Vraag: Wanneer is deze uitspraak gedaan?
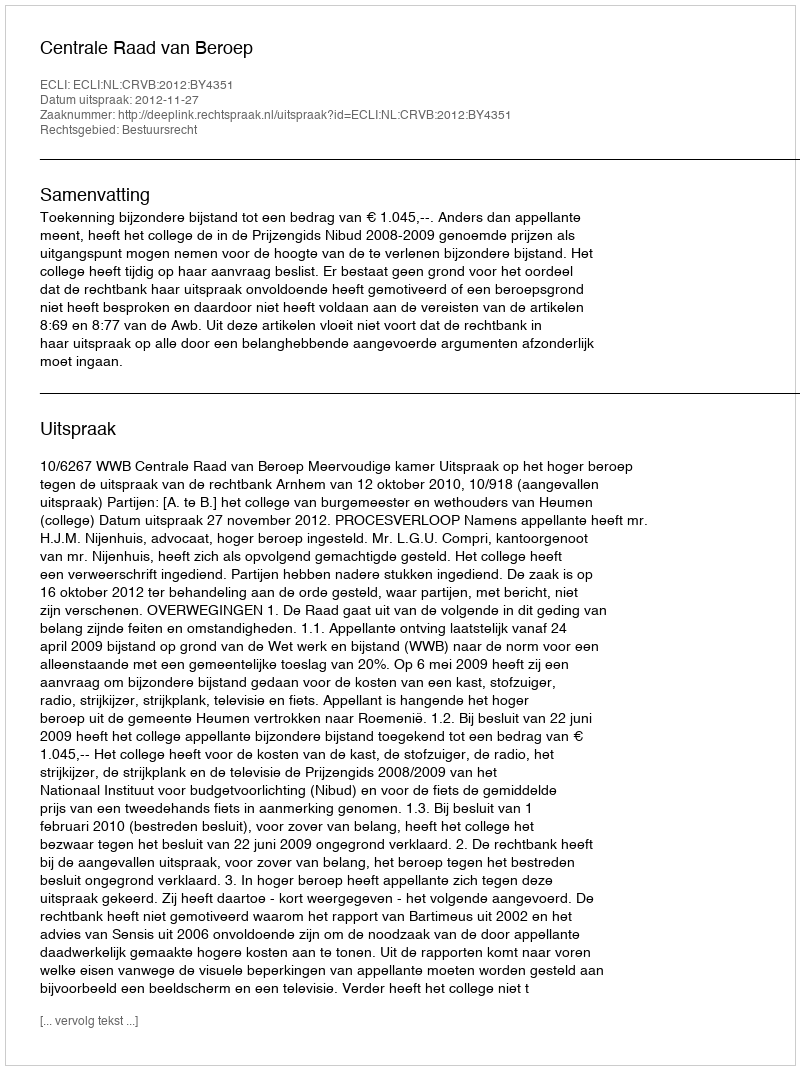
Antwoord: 2012-11-27